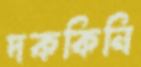
দককিনি